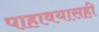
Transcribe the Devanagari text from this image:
पाहावयासही